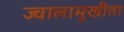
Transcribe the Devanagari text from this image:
ज्वालामुखीता